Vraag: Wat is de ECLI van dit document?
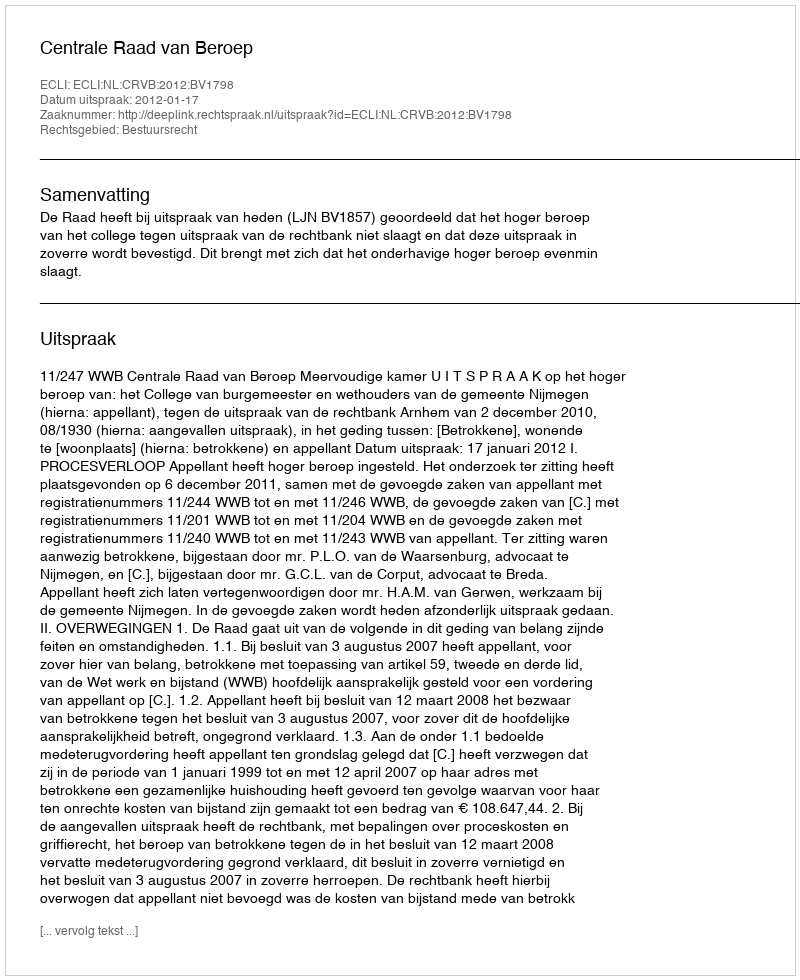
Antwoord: ECLI:NL:CRVB:2012:BV1798